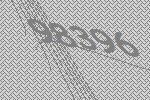
98396